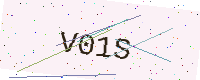
Text: V01S